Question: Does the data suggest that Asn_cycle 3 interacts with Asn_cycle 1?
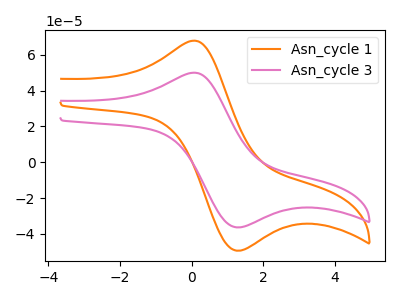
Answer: <think>The orange curve "Asn_cycle 1" has an anodic peak at (0.05V, 67.75uA) and a cathodic peak at (1.35V, -49.25uA). The pink curve "Asn_cycle 3" has an anodic peak at (0.05V, 49.90uA) and a cathodic peak at (1.35V, -36.30uA).
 All the peaks in "Asn_cycle 3" have a peak in "Asn_cycle 1" at the same potential. Every peak in "Asn_cycle 3" is lower than every peak in "Asn_cycle 1".</think>
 <answer>No, "Asn_cycle 3" and "Asn_cycle 1" don't appear to be significantly different in shape</answer>
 <eval>no_change</eval>